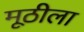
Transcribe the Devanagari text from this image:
मूठीला